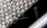
أعرف